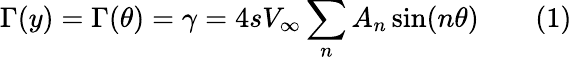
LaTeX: \Gamma(y)=\Gamma(\theta)=\gamma=4sV_{\infty}\sum_{n}{A_{n}\sin(n\theta})\qquad(1)